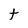
Character: t